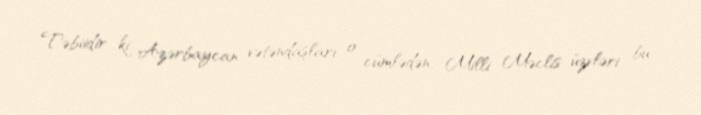
Təbiidir ki, Azərbaycan vətəndaşları, o cümlədən, Milli Məclis üzvləri bu